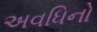
અવધિનો